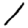
Digit: 1